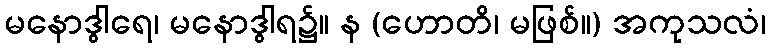
မနောဒွါရေ၊ မနောဒွါရ၌။ န (ဟောတိ၊ မဖြစ်။) အကုသလံ၊